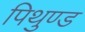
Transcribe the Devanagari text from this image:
पिथुण्ड